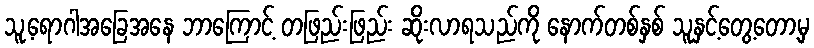
သူ့ရောဂါအခြေအနေ ဘာကြောင့် တဖြည်းဖြည်း ဆိုးလာရသည်ကို နောက်တစ်နှစ် သူနှင့်တွေ့တော့မှ